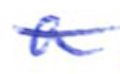
Text: a
Cross-out: single-line
Writing tool: ballpoint